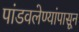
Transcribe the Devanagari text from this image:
पांडवलेण्यांपासून